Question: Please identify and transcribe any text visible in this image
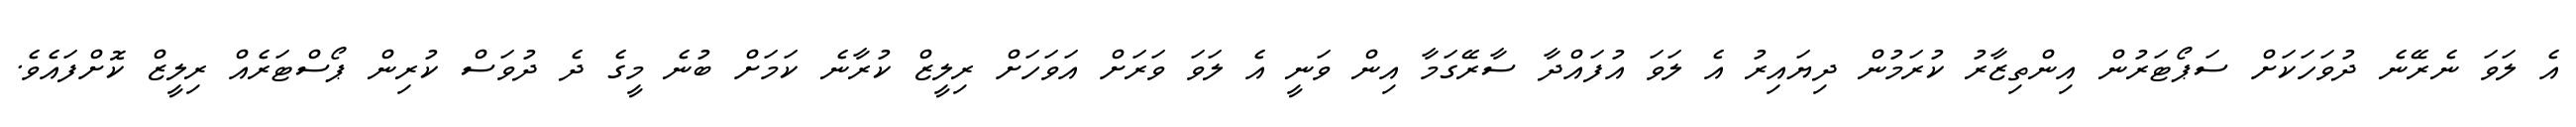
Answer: އެ ލަވަ ނެރޭނެ ދުވަހަކަށް ސަޕޯޓަރުން އިންތިޒާރު ކުރަމުން ދިޔައިރު އެ ލަވަ އުފައްދާ ސާރޭގަމާ އިން ވަނީ އެ ލަވަ ވަރަށް އަވަހަށް ރިލީޒް ކުރާނެ ކަމަށް ބުނެ މީގެ ދެ ދުވަސް ކުރިން ޕޯސްޓަރެއް ރިލީޒް ކޮށްފައެވެ.